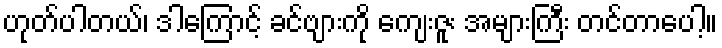
ဟုတ်ပါတယ်၊ ဒါကြောင့် ခင်ဗျားကို ကျေးဇူး အများကြီး တင်တာပေါ့။